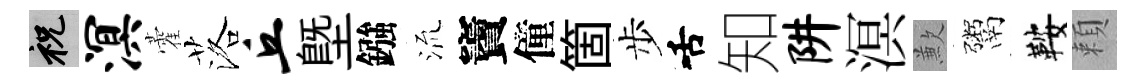
祝溟藿落丘塈鏹𣴑竇僮箇步舌知阱溟歉鬻鞍頼